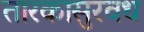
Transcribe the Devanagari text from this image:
तारकासुरवध